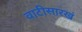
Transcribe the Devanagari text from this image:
वाटीसारखं